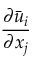
\frac { { \partial } \Bar { u } _ { i } } { { \partial } x _ { j } }